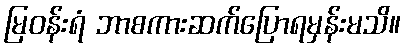
မြဝန်းရံ ဘာစကားဆက်ပြောရမှန်းမသိ။